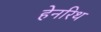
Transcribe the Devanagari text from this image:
हेनरिथ